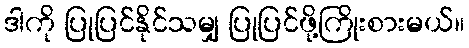
ဒါကို ပြုပြင်နိုင်သမျှ ပြုပြင်ဖို့ကြိုးစားမယ်။